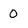
Character: 0